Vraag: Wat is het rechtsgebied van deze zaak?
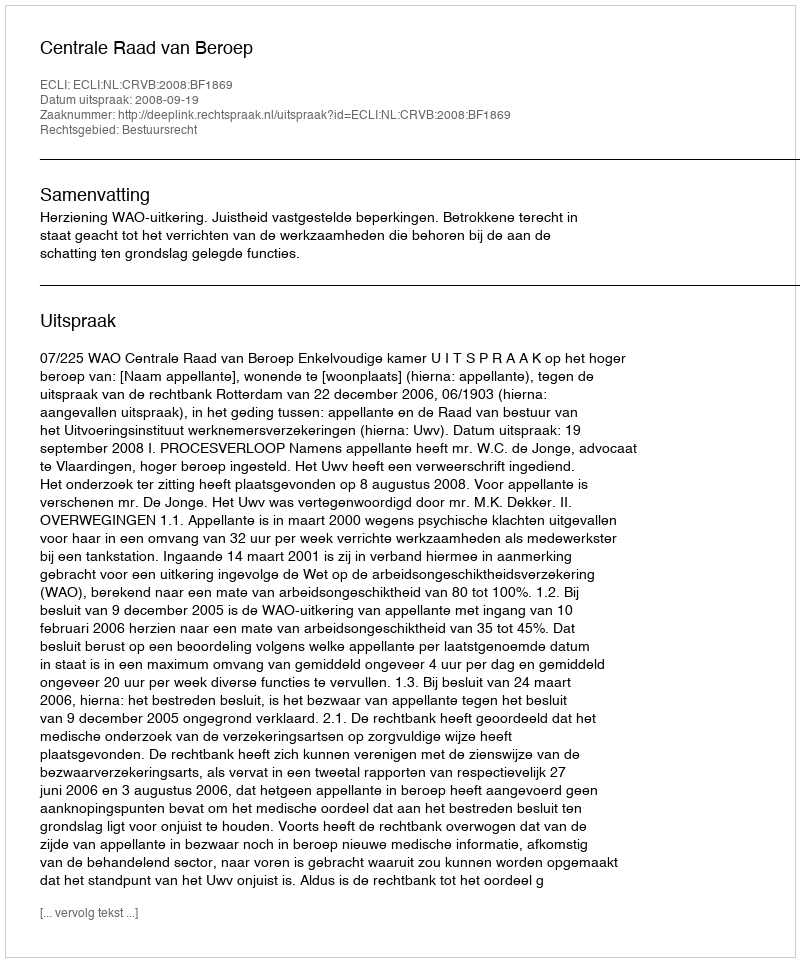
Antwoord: Bestuursrecht